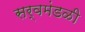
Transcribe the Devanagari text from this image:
सर्वमंडळी